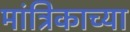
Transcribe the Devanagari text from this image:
मांत्रिकाच्या